Report of the Indian Hemp Drugs Commission, 1894-1895 - Volume VII
Year: 1894
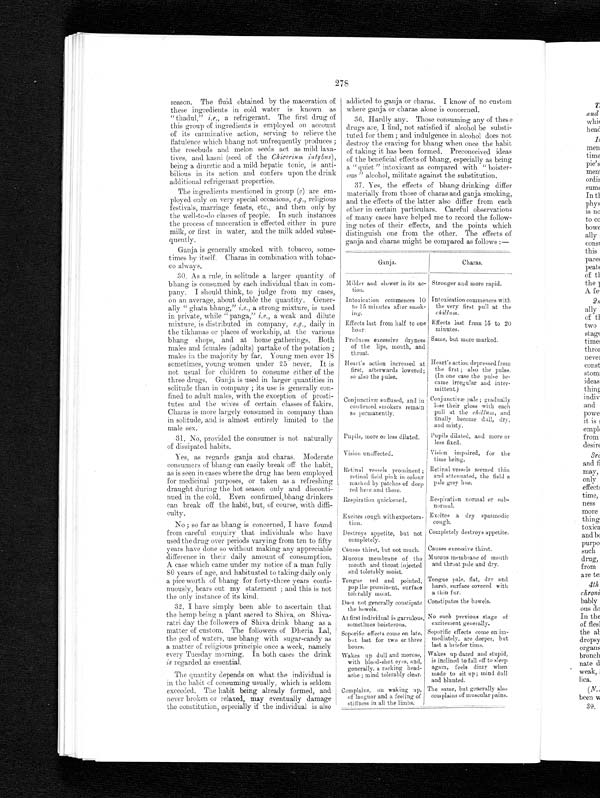
278
season. The fluid obtained by the maceration of
these ingredients in cold water is known as
"thadul," i.e., a refrigerant. The first drug of
this group of ingredients is employed on account
of its carminative action, serving to relieve the
flatulence which bhang not unfrequently produces ;
the rosebuds and melon seeds act as mild laxa-
tives, and kasni (seed of the Chicorium intybus),
being a diuretic and a mild hepatic tonic, is anti-
bilious in its action and confers upon the drink
additional refrigerant properties.
The ingredients mentioned in group (c) are em-
ployed only on very special occasions, e.g., religious
festivals, marriage feasts, etc., and then only by
the well-to-do classes of people. In such instances
the process of maceration is effected either in pure
milk, or first in water, and the milk added subse-
quently.
Ganja is generally smoked with tobacco, some-
times by itself. Charas in combination with tobac-
co always.
30.As a rule, in solitude a larger quantity of
bhang is consumed by each individual than in com-
pany. I should think, to judge from my cases,
on an average, about double the quantity. Gener-
ally "ghata bhang," i.e., a strong mixture, is used
in private, while "panga," i.e., a weak and dilute
mixture, is distributed in company, e.g., daily in
the tikhanas or places of workship, at the various
bhang shops, and at home gatherings. Both
males and females (adults) partake of the potation ;
males in the majority by far. Young men over 18
sometimes, young women under 25 never. It is
not usual for children to consume either of the
three drugs. Ganja is used in larger quantities in
solitude than in company ; its use is generally con-
fined to adult males, with the exception of prosti-
tutes and the wives of certain classes of fakirs.
Charas is more largely consumed in company than
in solitude, and is almost entirely limited to the
male sex.
31. No, provided the consumer is not naturally
of dissipated habits.
Yes, as regards ganja and charas. Moderate
consumers of bhang can easily break off the habit,
as is seen in cases where the drug has been employed
for medicinal purposes, or taken as a refreshing
draught during the hot season only and disconti-
nued in the cold. Even confirmed bhang drinkers
can break off the habit, but, of course, with diffi-
culty.
No ; so far as bhang is concerned, I have found
from careful enquiry that individuals who have
used the drug over periods varying from ten to fifty
years have done so without making any appreciable
difference in their daily amount of consumption.
A case which came under my notice of a man fully
80 years of age, and habituated to taking daily only
a pice worth of bhang for forty-three years conti-
nuously, bears out my statement ; and this is not
the only instance of its kind.
32. I have simply been able to ascertain that
the hemp being a plant sacred to Shiva, on Shiva-
ratri day the followers of Shiva drink bhang as a
matter of custom. The followers of Dheria Lal,
the god of waters, use bhang with sugar-candy as
a matter of religious principle once a week, namely
every Tuesday morning. In both cases the drink
is regarded as essential.
The quantity depends on what the individual is
in the habit of consuming usually, which is seldom
exceeded. The habit being already formed, and
never broken or relaxed, may eventually damage
the constitution, especially if the individual is also
addicted to ganja or charas. I know of no custom
where ganja or charas alone is concerned.
Hardly any. Those consuming any of these
drugs are, I find, not satisfied if alcohol be substi-
tuted for them; and indulgence in alcohol does not
destroy the craving for bhang when once the habit
of taking it has been formed. Preconceived ideas
of the beneficial effects of bhang, especially as being
a "quiet" intoxicant as compared with "boister-
ous " alcohol, militate against the substitution.
Yes, the effects of bhang drinking differ
materially from those of charas and ganja smoking,
and the effects of the latter also differ from each
other in certain particulars. Careful observations
of many cases have helped me to record the follow-
ing notes of their effects, and the points which
distinguish one from the other. The effects of
ganja and charas might be compared as follows :—
Ganja.
Charas.
Milder and slower in its ac-
tion.
Stronger and more rapid.
Intoxication commences 10
to 15 minutes after smok-
ing.
Intoxication commences with
the very first pull at the
chillum.
Effects last from half to one
hour.
Effects last from 15 to 20
minutes.
Produces excessive dryness
of the lips, mouth, and
throat.
Same, but more marked.
Heart's action increased at
first, afterwards lowered;
so also the pulse.
Heart's action depressed from
the first ; also the pulse.
(In one case the pulse be-
came irregular and inter-
mittent.)
Conjunctivæ suffused, and in
confirmed smokers remain
so permanently.
Conjunctivæ pale ; gradually
lose their gloss with each
pull at the chillum., and
finally become dull,dry,
and misty.
Pupils, more or less dilated. Pupils dilated, and more or
less fixed.
Vision unaffected.
Vision impaired, for the
time being.
Retinal vessels prominent ;
retinal field pink in colour
marked by patches of deep
red here and there.
Retinal vessels seemed thin
and attenuated, the field a
pale grey hue.
Respiration quickened.
Respiration normal or sub-
normal.
Excites cough with expectora-
t i o n .
Excites a dry spasmodic
cough.
Destroys appetite, but not
completely.
Completely destroys appetite.
Causes thirst, but not much. Causes excessive thirst.
Mucous membrane of the
mouth and throat injected
and tolerably moist.
Mucous membrane of mouth
and throat pale and dry.
Tongue red and pointed,
pap llæ prominent, surface
tolerably moist.
Tongue pale. flat, dry and
harsh, surface covered with
a thin fur.
Does not generally constipate
the bowels.
Constipates the bowels.
At first individual is garrulous,
sometimes boisterous.
No such previous stage of
excitement generally.
Soporific effects come on late,
but last for two or three
hours.
Soporific effects come on im-
mediately, are deeper, but
last a briefer time.
Wakes up dull and morose,
with blood-shot eyes, and,
generally, a racking head-
ache ; mind tolerably clear.
Wakes up dazed and stupid,
is inclined to fall off to sleep
again, feels dizzy when
made to sit up; mind dull
and blunted.
Complains, on waking up,
of languor and a feeling of
stiffness in all the limbs.
The same, but generally also
complains of muscular pains.